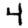
Digit: 4